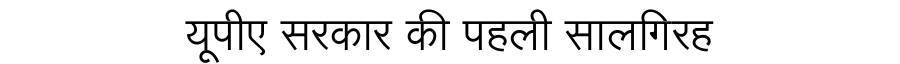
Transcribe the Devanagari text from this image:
यूपीए सरकार की पहली सालगिरह